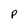
Character: p